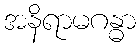
အနိရာမဂန္ဓာ